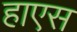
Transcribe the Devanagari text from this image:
हाएस